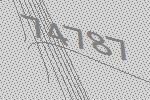
74787